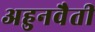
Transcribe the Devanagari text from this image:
अहुनवैती